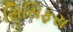
સિસિફસ